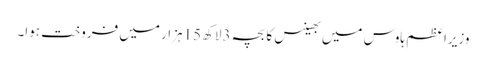
وزیراعظم ہاوس میں بھینس کا بچہ 3لاکھ 15ہزار میں فروخت ہوا۔